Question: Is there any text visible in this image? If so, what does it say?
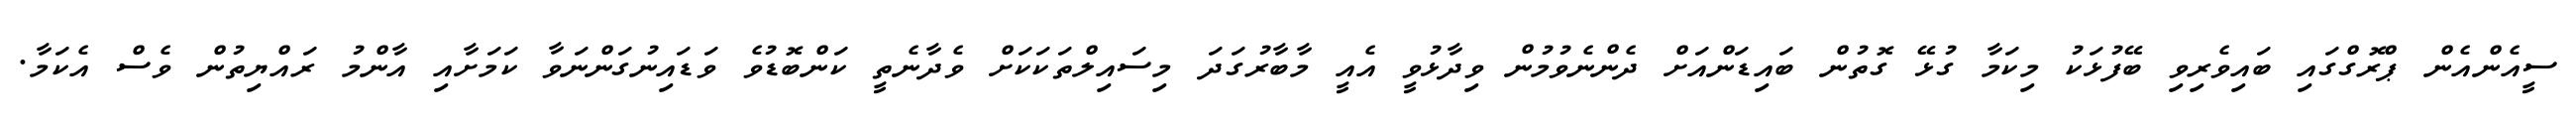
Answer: ސީއެންއެން ޕްރޮގްގައި ބައިވެރިވި ބޭފުޅަކު މިކަމާ ގުޅޭ ގޮތުން ބައިޑަންއަށް ދެންނެވުމުން ވިދާޅުވީ އެއީ މާބާރުގަދަ މިސައިލްތަކަކަށް ވެދާނެތީ ކަންބޮޑުވެ ވަޑައިނުގަންނަވާ ކަމަށާއި އާންމު ރައްޔިތުން ވެސް އެކަމާ.